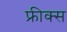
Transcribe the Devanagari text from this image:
फ्रीक्स